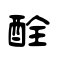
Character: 酫